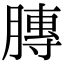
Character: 膞